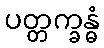
ပတ္တက္ခန္ဓံ